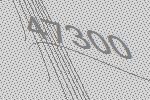
47300